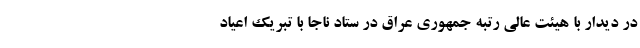
در دیدار با هیئت عالی رتبه جمهوری عراق در ستاد ناجا با تبریک اعیاد